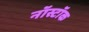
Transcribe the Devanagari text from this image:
नॉस्टॉक